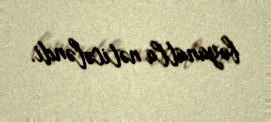
bəyanatla nəticələndi.